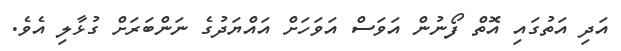
އަދި އަތުގައި އޮތް ފޯނުން އަވަސް އަވަހަށް އައްޔަދުގެ ނަންބަރަށް ގުޅާލި އެވެ.